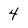
Character: 4